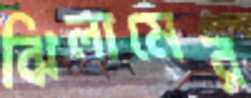
ঝিলামের